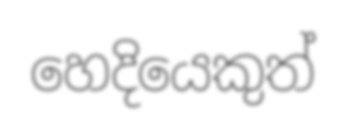
හෙදියෙකුත්